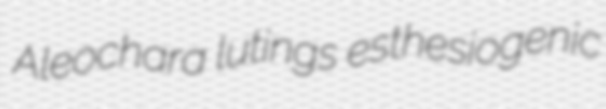
Aleochara lutings esthesiogenic